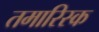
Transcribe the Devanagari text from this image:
तमारिस्क